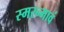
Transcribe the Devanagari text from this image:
स्मरन्भावं